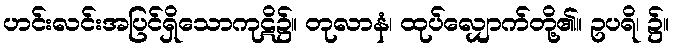
ဟင်းလင်းအပြင်ရှိသောကုဋိ၌။ တုလာနံ၊ ထုပ်လျှောက်တို့၏။ ဥပရိ၊ ၌။